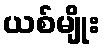
ယစ်မျိုး